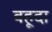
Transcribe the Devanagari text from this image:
बहूदा